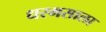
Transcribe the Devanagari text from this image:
धरमसाला